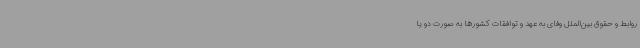
روابط و حقوق بین‌الملل وفای به عهد و توافقات کشورها به صورت دو یا